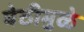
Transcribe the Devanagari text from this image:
वेठीमुळे